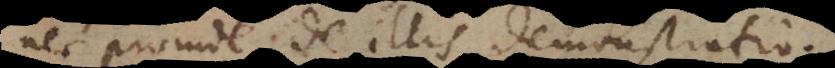
nec proinde de illis demonstratio.